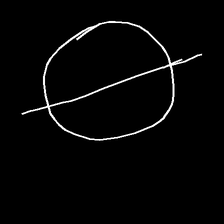
Glyph: orb